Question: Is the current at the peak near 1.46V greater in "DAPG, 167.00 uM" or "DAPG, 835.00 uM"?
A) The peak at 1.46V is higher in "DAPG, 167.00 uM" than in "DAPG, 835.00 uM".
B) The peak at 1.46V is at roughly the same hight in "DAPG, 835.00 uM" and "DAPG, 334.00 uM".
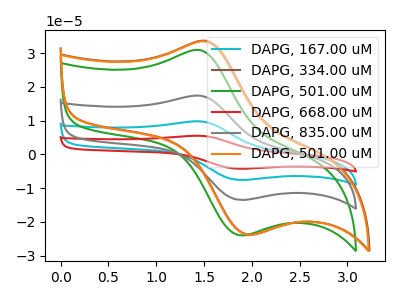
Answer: <think>The cyan curve "DAPG, 167.00 uM" has an anodic peak at (1.45V, 34.70uA) and a cathodic peak at (1.90V, -27.00uA). The brown curve "DAPG, 334.00 uM" has an anodic peak at (1.55V, 33.55uA) and a cathodic peak at (2.00V, -23.80uA). The green curve "DAPG, 501.00 uM" has an anodic peak at (1.45V, 30.80uA) and a cathodic peak at (1.90V, -24.00uA). The red curve "DAPG, 668.00 uM" has an anodic peak at (1.45V, 52.00uA) and a cathodic peak at (1.90V, -40.50uA). The gray curve "DAPG, 835.00 uM" has an anodic peak at (1.45V, 17.35uA) and a cathodic peak at (1.90V, -13.50uA). The orange curve "DAPG, 501.00 uM" has an anodic peak at (1.55V, 33.35uA) and a cathodic peak at (2.00V, -23.80uA).</think>
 <answer>A) The peak at 1.46V is higher in "DAPG, 167.00 uM" than in "DAPG, 835.00 uM".</answer>
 <eval>A</eval>